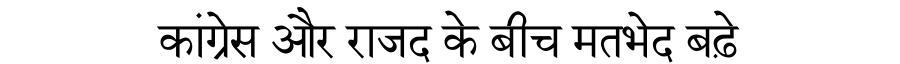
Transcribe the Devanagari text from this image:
कांग्रेस और राजद के बीच मतभेद बढ़े